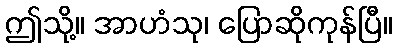
ဤသို့။ အာဟံသု၊ ပြောဆိုကုန်ပြီ။